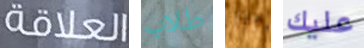
العلاقة طلاب أبرز عليك